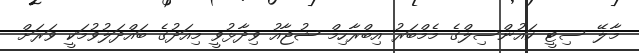
މާލޭ ސިޓީ ކައުންސިލްގެ މެމްބަރު އިބްރާހިމް ޝުޖާއު ވިދާޅުވީ މިއަދުގެ ބައްދަލުވުމަކީ ވަރަށް